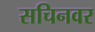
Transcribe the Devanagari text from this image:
सचिनवर